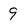
Character: 9